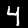
Digit: 4